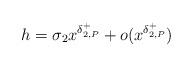
LaTeX: \begin{align*}h=\sigma_{2}x^{\delta_{2,P}^{+}}+o(x^{\delta_{2,P}^{+}})\end{align*}